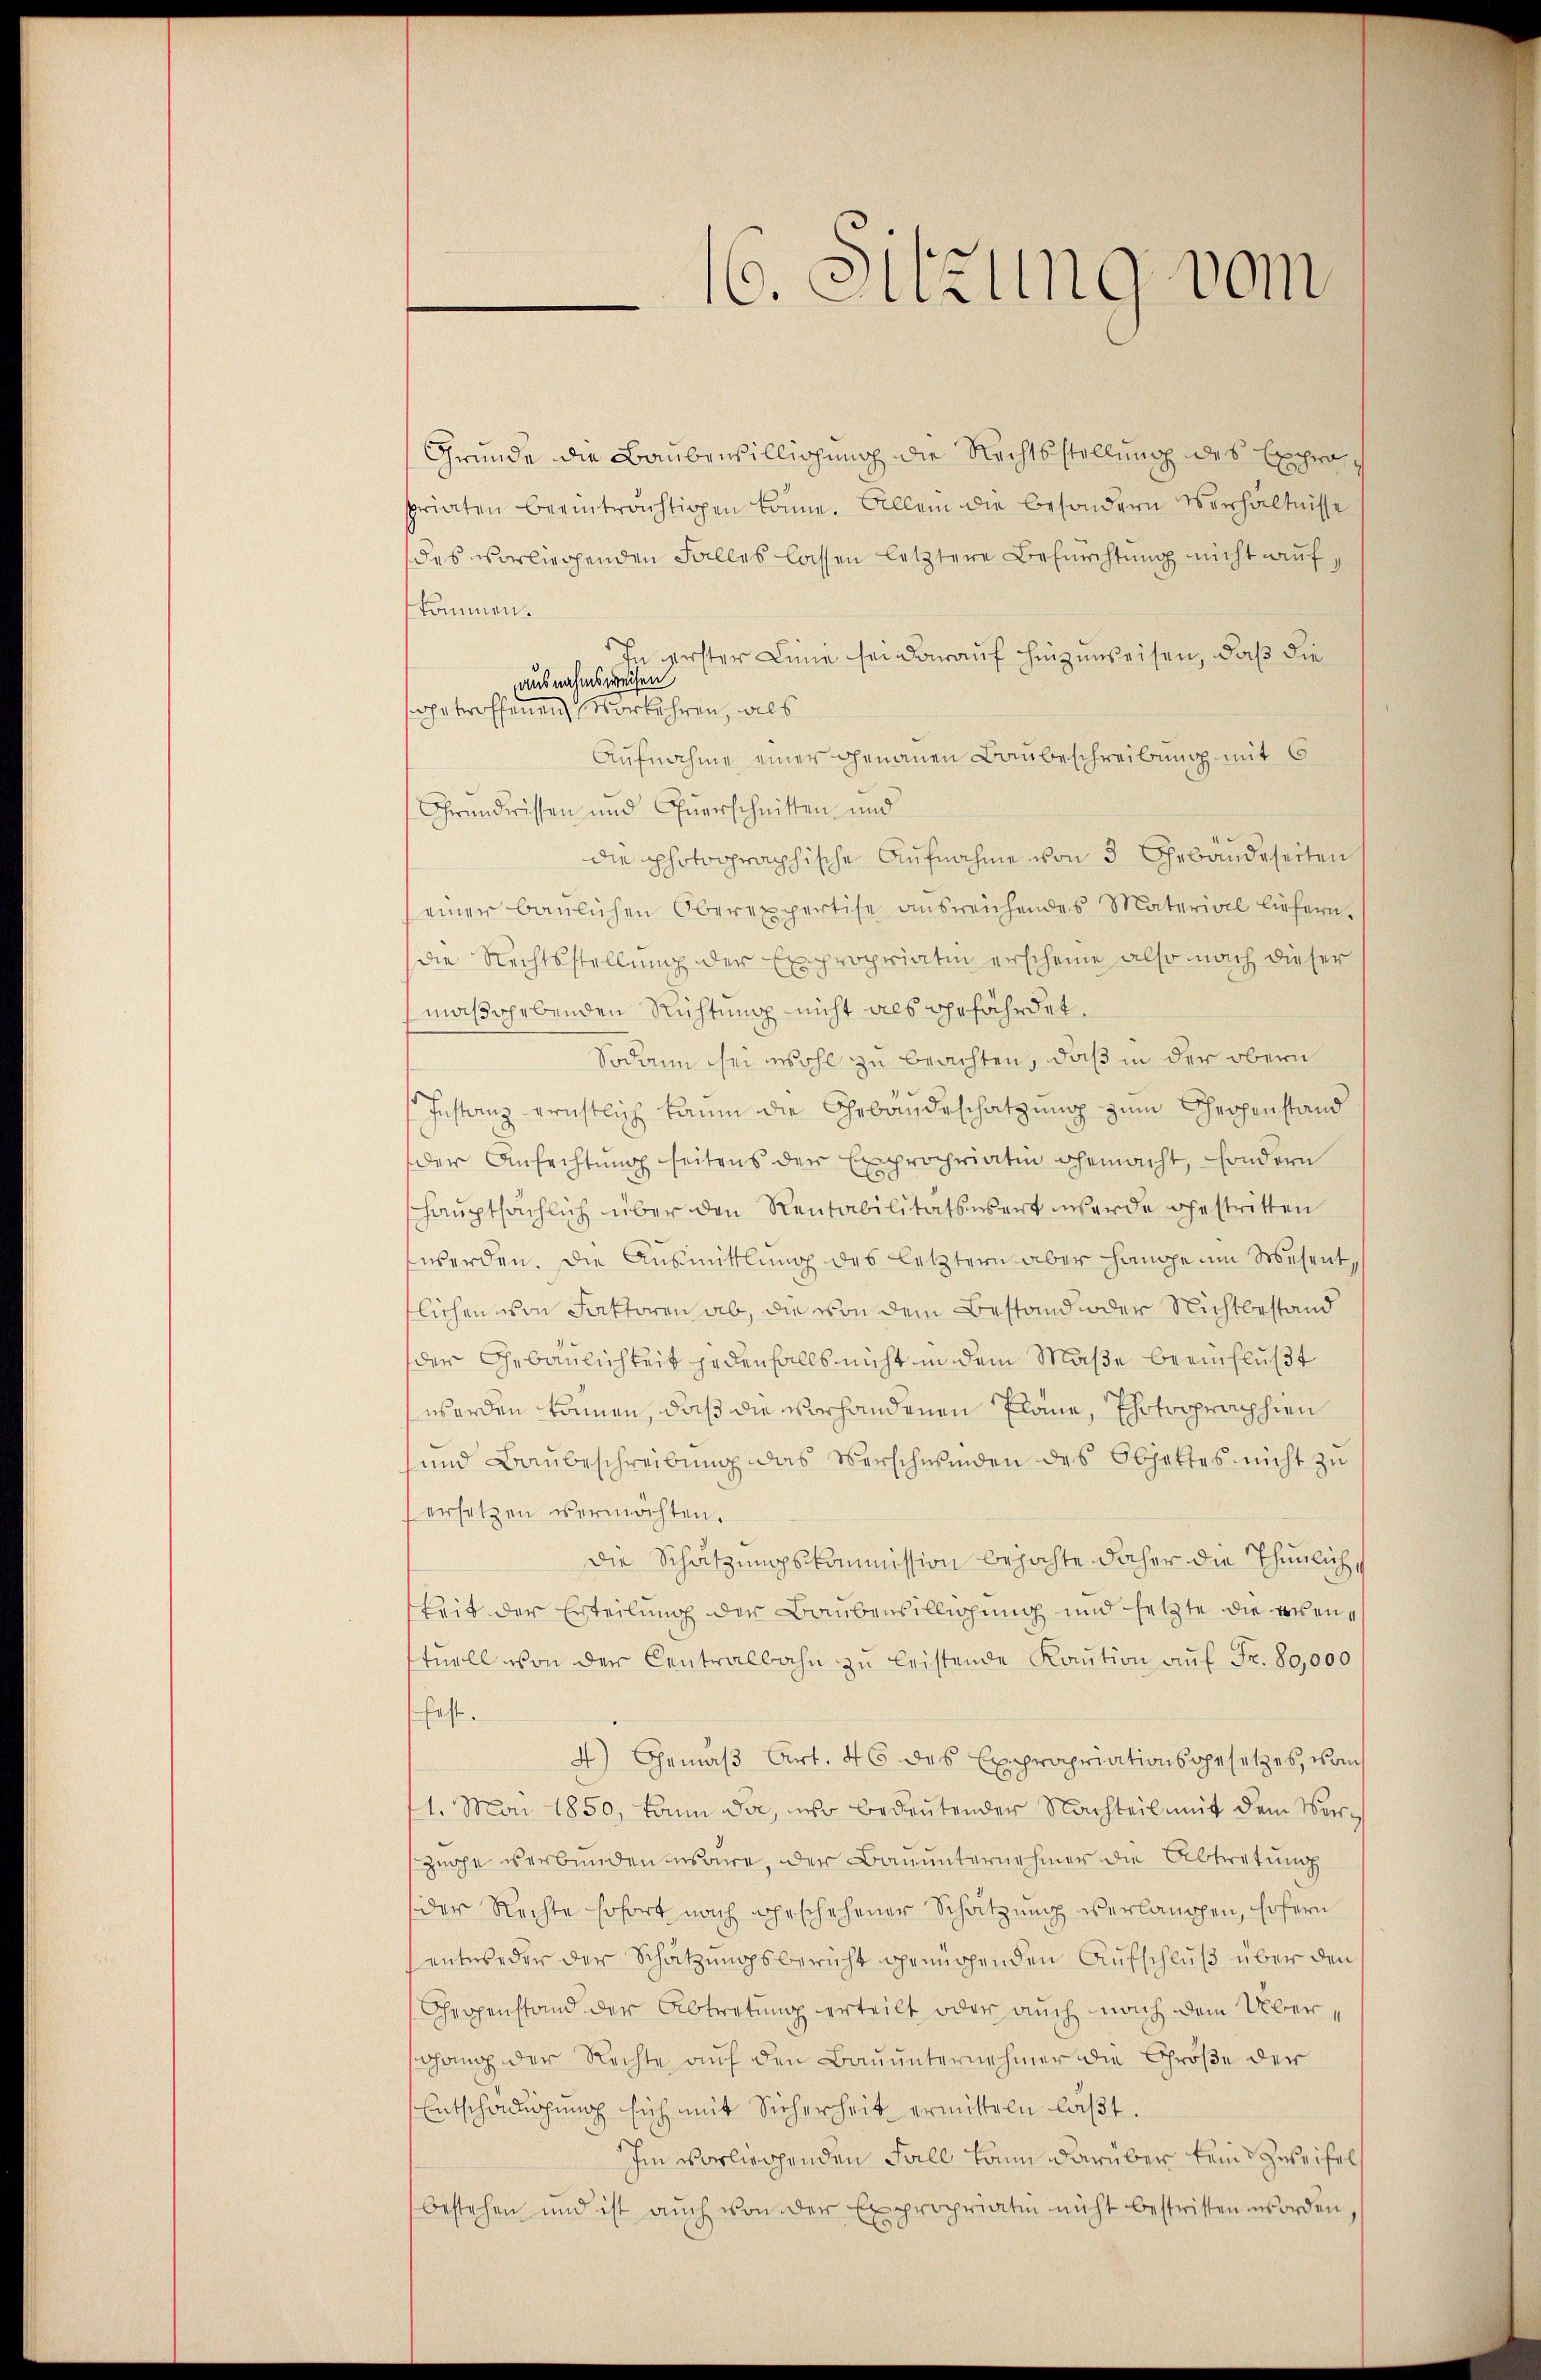
Gründe die Baubenbilligung die Rechtsstellung des Expropriaten beeinträchtigen könne. Allein die besondern Verhältnisse
des vorliegenden Falles lassen letztere Befürchtung nicht aufkommen.
In verster Linie sei darauf hinzuweisen, daß die
ausnahmsweisen
sgetroffenen Vorkehren, als
Aufnahme einer genauen Baubeschreibung mit 6
Grundrissen und Querschnitten und
die photographische Aufnahme von 3 Gebäudeseiten
einer baŭlichen Oberexpertise ausreichendes Material liefern.
die Rechtsstellung der Expropriation erscheine also nach dieser
maßorbenden Richtung nicht als gefährdet.
Sodann sei wohl zu beachten, daß in der obern
Instanz ernstlich kaum die Gebäudeschätzung zum Gespenstand
der Anfechtung seitens der Expropriation gemacht, sondern
shauptsächlich über den Rentabilitätswert werde gestritten
werden. Die Ausmittlung des letztern aber Hause um Wesent,
flichen von Faktoren ab, die von dem Bestand oder Nichtbestand
der Gebäulichkeit jedenfalls nicht in dem Maße beeinflußt
worden können, daß die vorhandenen Pläne, Photoopraphien
und Baubeschreibung das Verschwinden des Objektes nicht zu
ersetzen vermöchten.
die Schätzungskommission bejahte daher die Thunlich,
keit der Erteilung der Baubensillichung und jetzte die wienstuell von der Centralbahn zu leistende Kaution auf Fr. 80,000
fest.
4) Gemäß Art. 46 des Expropriationsgesetzes, von
1. Mai 1850, kann da, wo bedeutender Nachteil mit dem Verzüge verbunden wäre, der Bauunternehmer die Abtretung
der Rechte sofort nach geschehener Schätzung verlangen, sofern
entweder der Schatzungsbericht genügenden Aufschluß über den
Geppenstand der Abtretung erteilt oder auch nach dem Übergang der Rechte auf den Bauunternehmer die Größe der
Entschädigung sich mit Sicherheit ermitteln läβt.
Im vorliegenden Fall kann darüber kein Zweifel
bestehen und ist aŭch von der Expropriatio nicht bestritten worden,

16. Sitzung vom